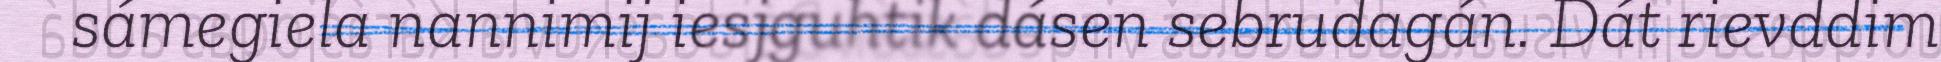
sámegiela nannimij iesjguhtik dásen sebrudagán. Dát rievddim